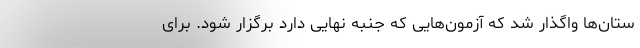
ستان‌ها واگذار شد که آزمون‌هایی که جنبه نهایی دارد برگزار شود. برای